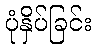
ပုံနှိပ်ခြင်း